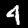
Label: 4